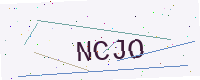
Text: NCJO